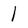
Character: 1